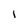
Character: l